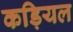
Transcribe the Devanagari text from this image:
कड़ियल